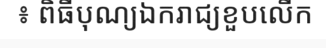
៖ ពិធីបុណ្យឯករាជ្យខួបលើក